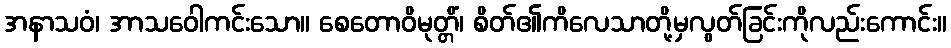
အနာသဝံ၊ အာသဝေါကင်းသော။ စေတောဝိမုတ္တိံ၊ စိတ်၏ကိလေသာတို့မှလွတ်ခြင်းကိုလည်းကောင်း။